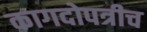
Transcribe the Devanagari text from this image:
कागदोपत्रीच